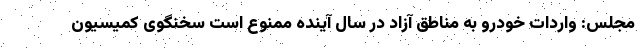
مجلس: واردات خودرو به مناطق آزاد در سال آینده ممنوع است سخنگوی کمیسیون